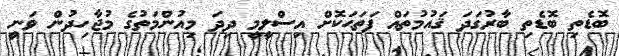
ބޮޑެތި ބޮޑެތި ބާރުގަދަ ޤައުމުތައް ފަތަޙަކޮށް އިސްލީމީ ދިދަ މިއުންމަތުގެ މުޖާހިދުން ވަނީ